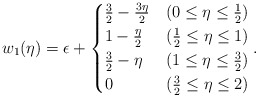
\begin{align*} w_1(\eta) = \epsilon+ \begin{cases} \frac{3}{2}-\frac{3\eta}{2} & (0\leq\eta\leq\frac{1}{2})\\ 1-\frac{\eta}{2} & (\frac{1}{2}\leq\eta\leq 1)\\ \frac{3}{2}-\eta & (1\leq\eta\leq\frac{3}{2})\\ 0 & (\frac{3}{2}\leq\eta\leq 2) \end{cases} .\end{align*}